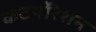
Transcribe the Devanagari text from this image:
कटर्पोरेशन